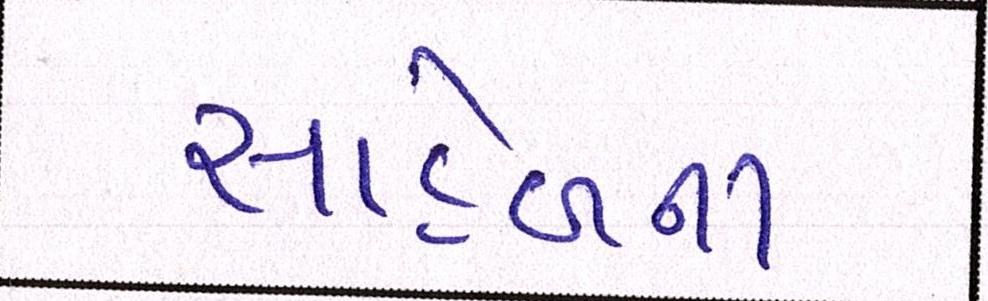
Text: સાહેબના